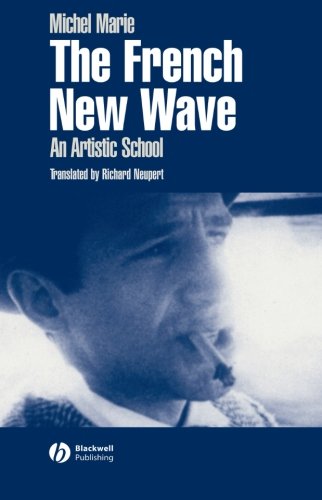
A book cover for The French New Wave: An Artistic School; Michel Marie; Humor & Entertainment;